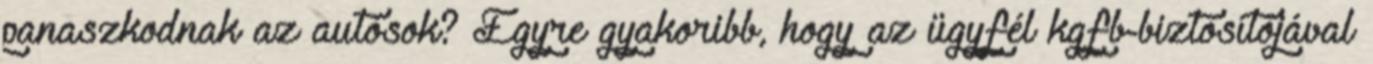
panaszkodnak az autósok? Egyre gyakoribb, hogy az ügyfél kgfb-biztosítójával